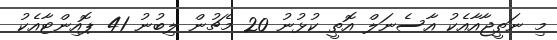
މި ނަތީޖާއާއެކު އާސެނަލް އޮތީ ކުޅުނު 20 މެޗުން ލިބުނު 41 ޕޮއިންޓާއެކު